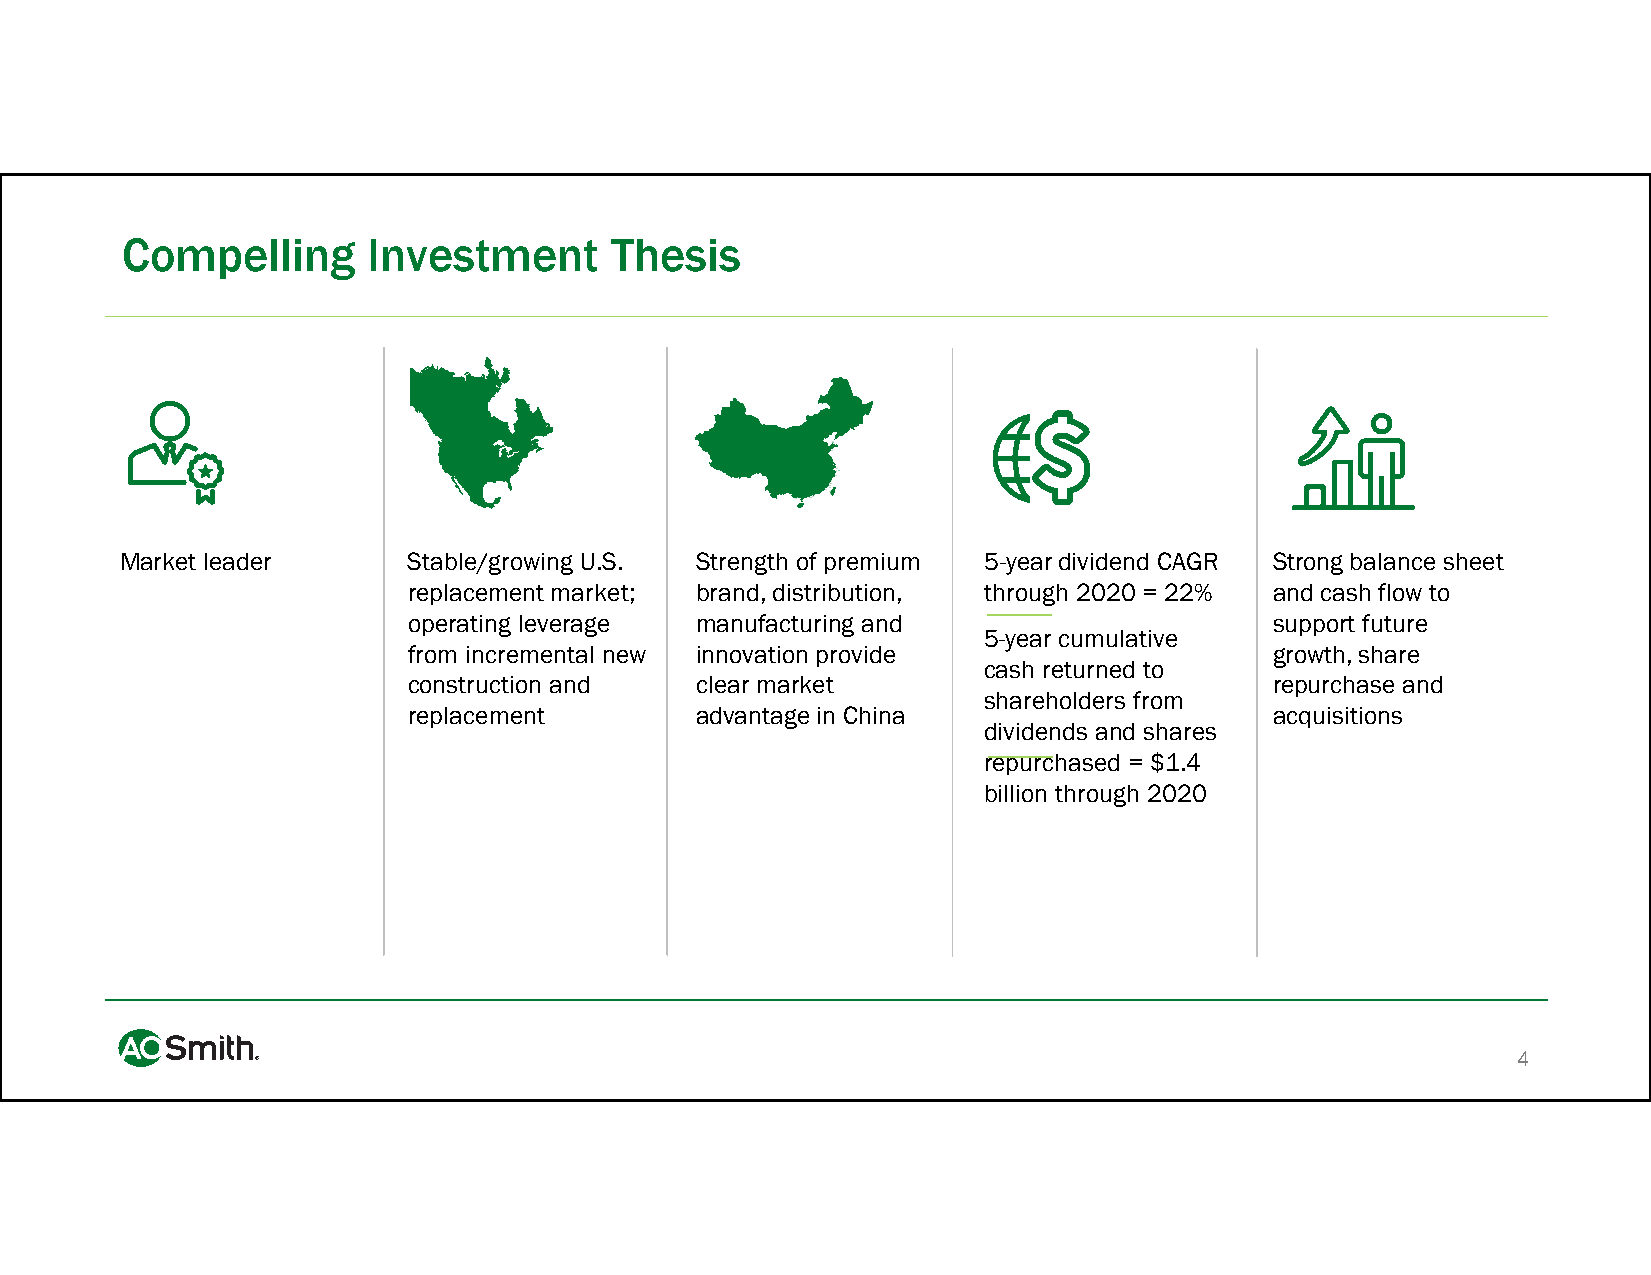
Compelling      Investment      Thesis
 Market leader      Stable/growing U.S. Strength of premium 5-year dividend CAGR Strong balance sheet
 replacement market; brand, distribution, through 2020 = 22% and cash flow to
 operating leverage manufacturing and                     support future
 5-year cumulative
 from incremental new innovation provide                  growth, share
 cash returned to
 construction and   clear market                          repurchase and
 shareholders from
 replacement        advantage in China                    acquisitions
 dividends and shares
 repurchased = $1.4
 billion through 2020
 4